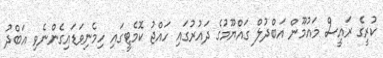
ކުރީގެ ރައީސް މައުމޫން އަބްދުލް ގައްޔޫމުގެ ދައުރުގައި ހައްޖު ކޮމެޓީގައި ހިމެނިވަޑައިގެންނެވި އަބްދު